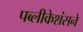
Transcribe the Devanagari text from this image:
पब्लीकेशंसने